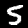
Digit: 5